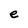
Character: e